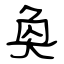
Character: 奐